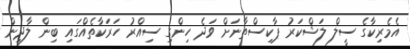
އެމެރިކާގެ ސީލް ލަޝްކަރު ޕާކިސްތާނަށް ވަދެ ހިންގި ސިއްރު ހަރަކާތެއްގައި ބިން ލާދިން